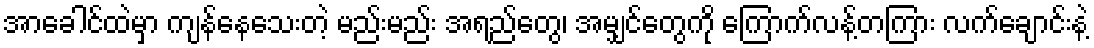
အာခေါင်ထဲမှာ ကျန်နေသေးတဲ့ မည်းမည်း အရည်တွေ၊ အမျှင်တွေကို ကြောက်လန့်တကြား လက်ချောင်းနဲ့